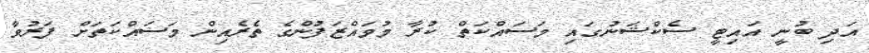
އަދި ބުނީ އައިޓީ ސެކްޝަނުގައި މަސައްކަތް ކުރާ މުވައްޒަފުންގެ ތެރެއިން މަސައްކަތަށް ފަރުވާ